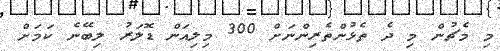
މި މެޗުން މި ދެ ތެޅުންތެރިންނަށް 300 މިލިއަން ޑޮލަރު ލިބޭނެ ކަމަަށް